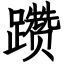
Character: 躜